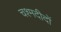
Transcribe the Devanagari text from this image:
चश्मदीदों